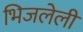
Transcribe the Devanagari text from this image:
भिजलेली